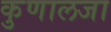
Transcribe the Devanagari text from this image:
कुणालजा